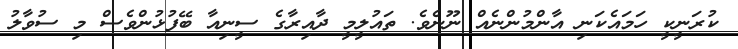
ކުރަނީކީ ހަމައެކަނި އާންމުންނެއް ނޫނެވެ. ތައުލީމީ ދާއިރާގެ ސީނިއާ ބޭފުޅުންވެސް މި ސުވާލު